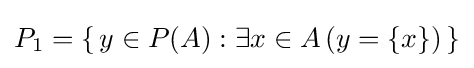
P_{1}=\{\,y\in P(A):\exists x\in A\,(y=\{x\})\,\}